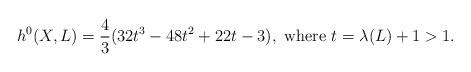
LaTeX: \begin{align*}h^{0}(X,L)=\frac{4}{3}(32t^{3}-48t^{2}+22t-3), \textrm{ }\textrm{where} \textrm{ } t=\lambda(L)+1>1. \end{align*}